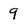
Character: 9